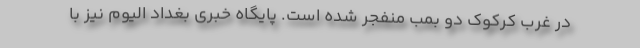
در غرب کرکوک دو بمب منفجر شده است. پایگاه خبری بغداد الیوم نیز با